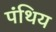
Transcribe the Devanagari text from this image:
पंथिय